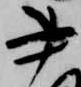
書